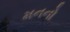
મનનો